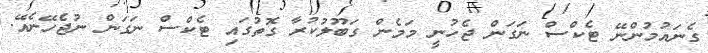
ގެނައުމުންނޭ ޓެކްސް ނަގަން ޖެހުނީ މަމެން ގަބޫލުކުރާ ގޮތުގައި ޓެކްސް ނަގަން ނުޖެހޭނެއޭ.